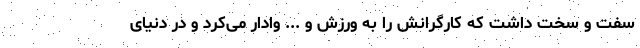
سفت و سخت داشت که کارگرانش را به ورزش و ... وادار می‌کرد و در دنیای